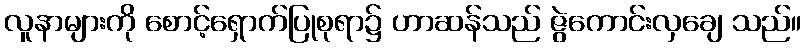
လူနာများကို စောင့်ရှောက်ပြုစုရာ၌ ဟာဆန်သည် ဇွဲကောင်းလှချေ သည်။